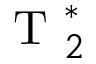
\mathrm { ~ T ~ } _ { 2 } ^ { * }